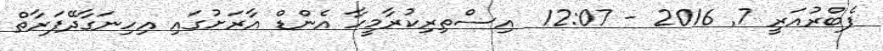
ފެބްރުއަރީ 7